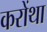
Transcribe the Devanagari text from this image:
करोंथा